Scottish Leaving Certificate Examination, 1960
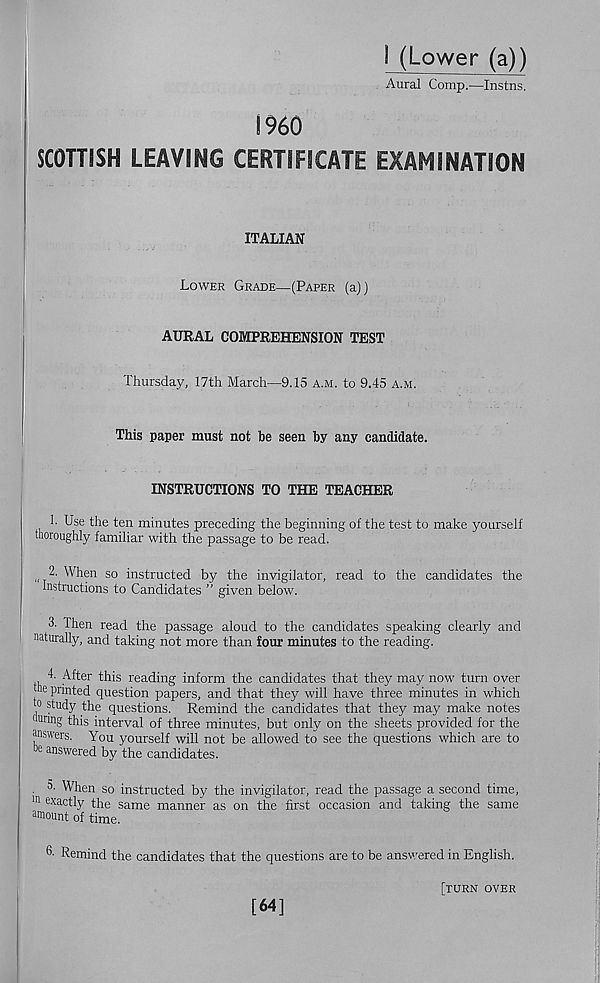
I (Lower (a))
Aural Comp.—Instns.
I960
SCOTTISH LEAVING CERTIFICATE EXAMINATION
ITALIAN
Lower Grade—(Paper (a))
AURAL COMPREHENSION TEST
Thursday, 17th March—9.15 a.m. to 9.45 a.m.
This paper must not be seen by any candidate.
INSTRUCTIONS TO THE TEACHER
1. Use the ten minutes preceding the beginning of the test to make yourself
thoroughly familiar with the passage to be read.
„ 2- When so instructed by the invigilator, read to the candidates the
Instructions to Candidates ” given below.
3. Then read the passage aloud to the candidates speaking clearly and
naturally, and taking not more than four minutes to the reading.
4. After this reading inform the candidates that they may now turn over
he printed question papers, and that they will have three minutes in which
0 study the questions. Remind the candidates that they may make notes
mnng this interval of three minutes, but only on the sheets provided for the
answers. You yourself will not be allowed to see the questions which are to
e answered by the candidates.
. 5. When so instructed by the invigilator, read the passage a second time,
111 exa ctly the same manner as on the first occasion and taking the same
amount of time.
6 - Remind the candidates that the questions are to be answered in English.
[turn over
[64]